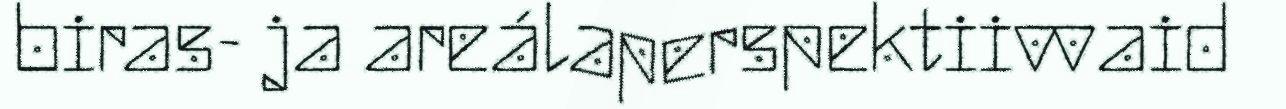
biras- ja areálaperspektiivvaid